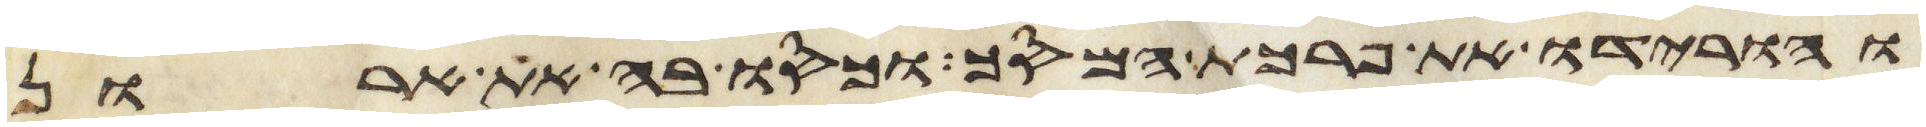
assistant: והורידו את פרכת המסך וכסו בה את ארון